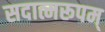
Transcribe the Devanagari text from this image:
सदात्मरूपम्